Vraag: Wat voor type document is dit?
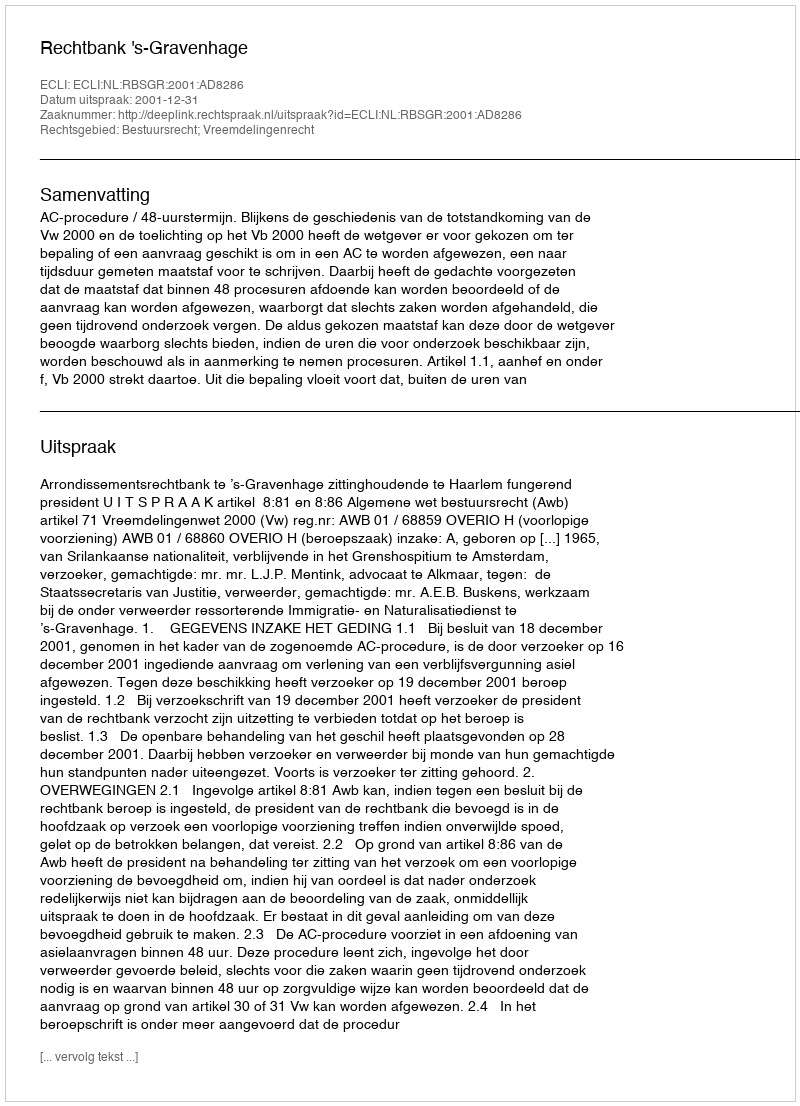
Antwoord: Uitspraak